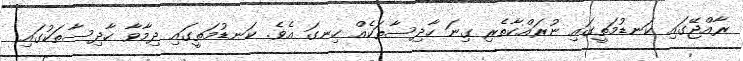
ރާއްޖޭގައި ކަނޑުމަތީގައި ނުރައްކާތެރި ގިނަ ހާދިސާތަކެއް ހިނގަ އެވެ. ކަނޑުމަތީގައި ދިމާވާ ހާދިސާތަކުގައި